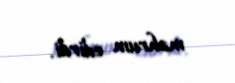
məhrum edirdi.